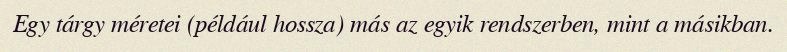
Egy tárgy méretei (például hossza) más az egyik rendszerben, mint a másikban.